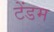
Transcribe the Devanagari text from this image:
टेंडम